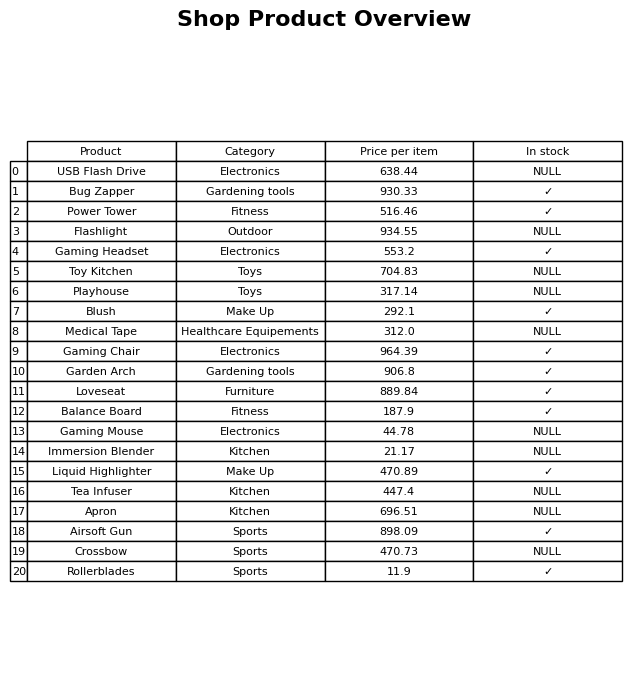
question: What is the price of the Power Tower?
answer: The price of Power Tower is 516.46.